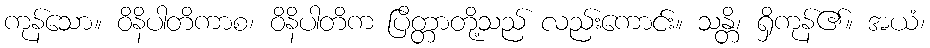
ကုန်သော။ ဝိနိပါတိကာစ၊ ဝိနိပါတိက ပြိတ္တာတို့သည် လည်းကောင်း။ သန္တိ၊ ရှိကုန်၏။ အယံ၊